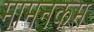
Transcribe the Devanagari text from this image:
मामनकम